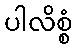
ပါလိစ္စံ